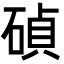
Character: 碵